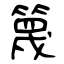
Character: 篾